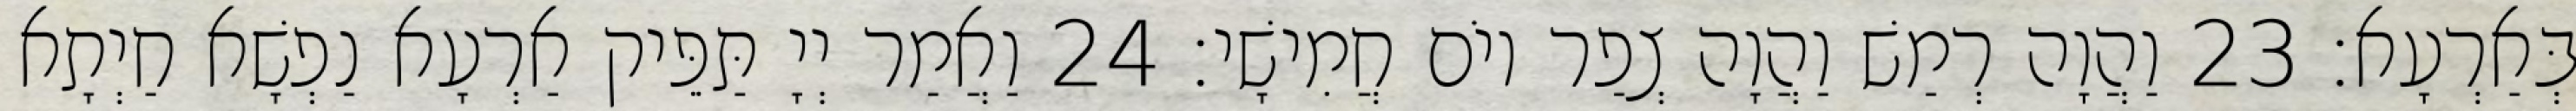
בְּאַרְעָא׃ 23 וַהֲוָה רְמַשׁ וַהֲוָה צְפַר יוֹם חֲמִישָׁי׃ 24 וַאֲמַר יְיָ תַּפֵּיק אַרְעָא נַפְשָׁא חַיְתָא